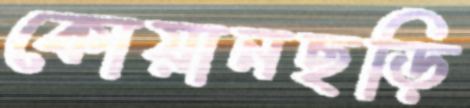
কোয়ানছড়ি